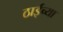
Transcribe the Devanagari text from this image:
ठाईच्या